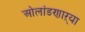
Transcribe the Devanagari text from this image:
ओलांडणाऱ्या